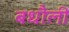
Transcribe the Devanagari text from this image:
बधौली